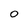
Character: 0